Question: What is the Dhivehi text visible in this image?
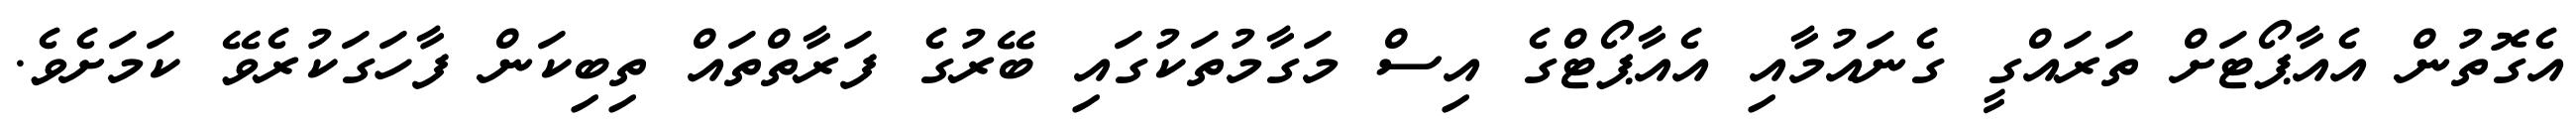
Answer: އެގޮތުން އެއާޕޯޓަށް ތަރައްގީ ގެނައުމާއި އެއާޕޯޓްގެ އިސް މަގާމުތަކުގައި ބޭރުގެ ފަރާތްތައް ތިބިކަން ފާހަގަކުރެވޭ ކަމަށެވެ.